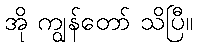
အို ကျွန်တော် သိပြီ။